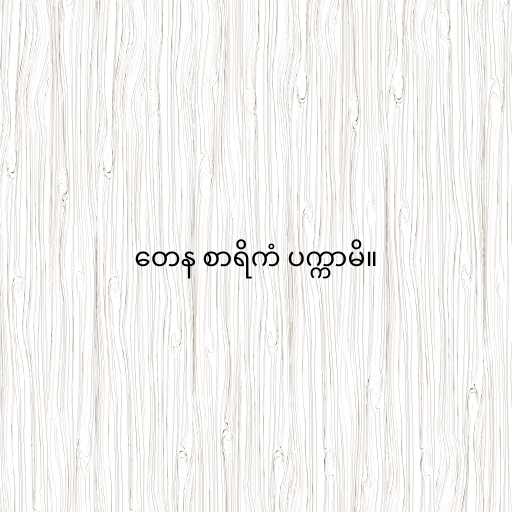
တေန စာရိကံ ပက္ကာမိ။